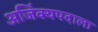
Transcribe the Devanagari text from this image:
अजिंक्यपदाला